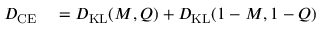
\begin{array} { r l } { D _ { \mathrm { C E } } } & { { } = D _ { \mathrm { K L } } ( M , Q ) + D _ { \mathrm { K L } } ( 1 - M , 1 - Q ) } \end{array}